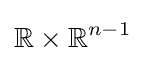
\mathbb {R} \times \mathbb {R} ^{n-1}